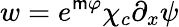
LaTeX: w=e^{\mathsf{m}\varphi}\chi_{c}\partial_{x}\psi